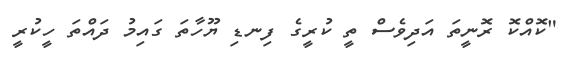
"ކޮއްކޮ ރޮނީތަ އަދިވެސް ތީ ކުރީގެ ފިނޑި ޔޫހާތަ ގައިމު ދައްތަ ހީކުރީ